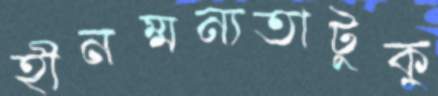
হীনম্মন্যতাটুকু